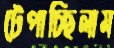
টেপাচ্ছিলাম